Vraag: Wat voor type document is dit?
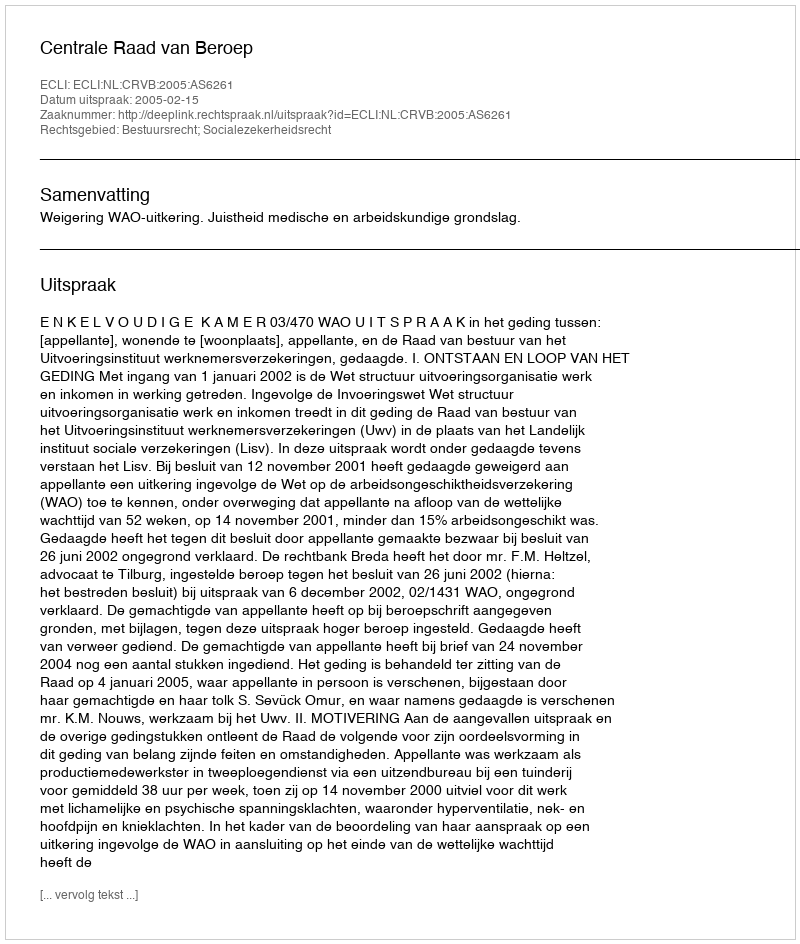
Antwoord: Uitspraak